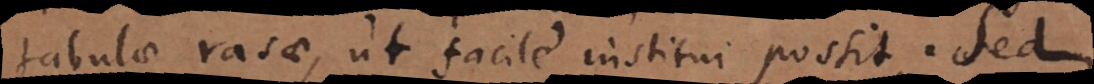
tabulae rasae, ut facile institui possit. Sed